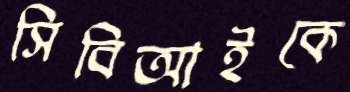
সিবিআইকে